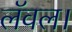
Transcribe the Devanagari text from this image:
लॅवल।